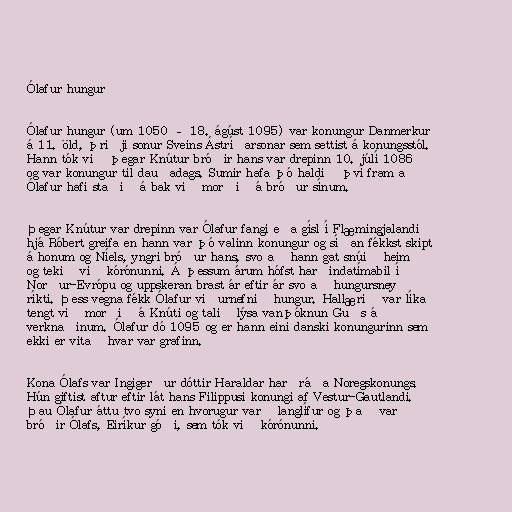
Ólafur hungur

Ólafur hungur (um 1050 – 18. ágúst 1095) var konungur Danmerkur
á 11. öld, þriðji sonur Sveins Ástríðarsonar sem settist á konungsstól.
Hann tók við þegar Knútur bróðir hans var drepinn 10. júlí 1086
og var konungur til dauðadags. Sumir hafa þó haldið því fram að
Ólafur hafi staðið á bak við morðið á bróður sínum.

Þegar Knútur var drepinn var Ólafur fangi eða gísl í Flæmingjalandi
hjá Róbert greifa en hann var þó valinn konungur og síðan fékkst skipt
á honum og Níels, yngri bróður hans, svo að hann gat snúið heim
og tekið við kórónunni. Á þessum árum hófst harðindatímabil í
Norður-Evrópu og uppskeran brast ár eftir ár svo að hungursneyð
ríkti. Þess vegna fékk Ólafur viðurnefnið hungur. Hallærið var líka
tengt við morðið á Knúti og talið lýsa vanþóknun Guðs á
verknaðinum. Ólafur dó 1095 og er hann eini danski konungurinn sem
ekki er vitað hvar var grafinn.

Kona Ólafs var Ingigerður dóttir Haraldar harðráða Noregskonungs.
Hún giftist aftur eftir lát hans Filippusi konungi af Vestur-Gautlandi.
Þau Ólafur áttu tvo syni en hvorugur varð langlífur og það var
bróðir Ólafs, Eiríkur góði, sem tók við kórónunni.